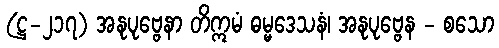
(ဋ္ဌ-၂၁၇) အနုပုဗ္ဗေနာ တိဣမံ ဓမ္မဒေသနံ၊ အနုပုဗ္ဗေန - စသော